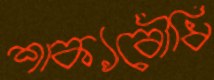
শাক্যবৌধি